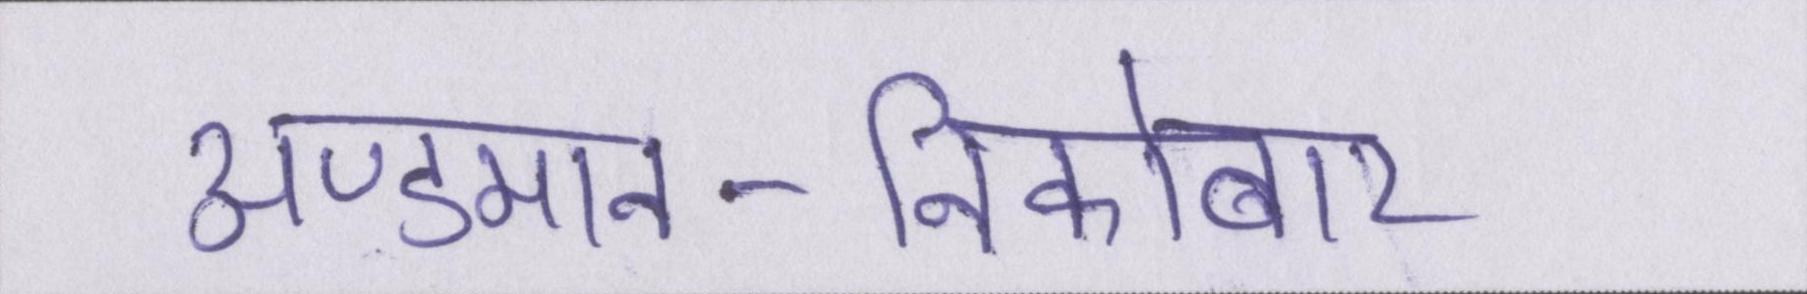
अण्डमान-निकोबार